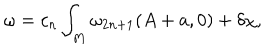
\omega = c _ { n } \int _ { M } \omega _ { 2 n + 1 } ( A + a , 0 ) + \delta \chi ,